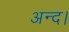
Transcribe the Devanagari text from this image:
अन्द।